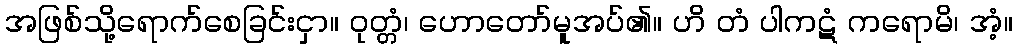
အဖြစ်သို့ရောက်စေခြင်းငှာ။ ဝုတ္တံ၊ ဟောတော်မူအပ်၏။ ဟိ တံ ပါကဋံ ကရောမိ၊ အံ့။